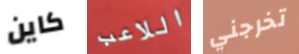
كاين اللاعب تخرجني